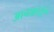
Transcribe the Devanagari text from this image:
आचळातून